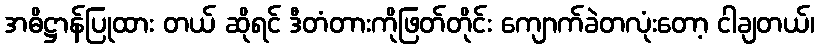
အဓိဋ္ဌာန်ပြုထား တယ် ဆိုရင် ဒီတံတားကိုဖြတ်တိုင်း ကျောက်ခဲတလုံးတော့ ငါချတယ်၊